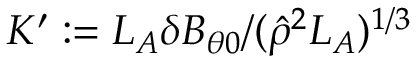
K ^ { \prime } : = L _ { A } \delta B _ { \theta 0 } / ( \hat { \rho } ^ { 2 } L _ { A } ) ^ { 1 / 3 }